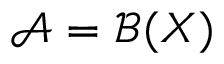
{ \mathcal { A } } = { \mathcal { B } } ( X )